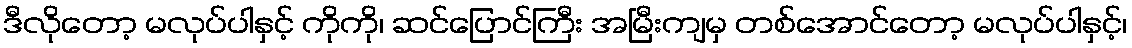
ဒီလိုတော့ မလုပ်ပါနှင့် ကိုကို၊ ဆင်ပြောင်ကြီး အမြီးကျမှ တစ်အောင်တော့ မလုပ်ပါနှင့်၊